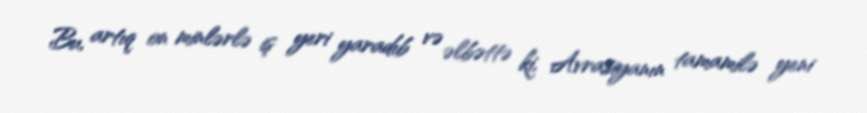
Bu, artıq on minlərlə iş yeri yaradıb və əlbəttə ki, Avrasiyanın tamamilə yeni